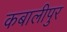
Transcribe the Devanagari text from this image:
कबालीपुर